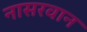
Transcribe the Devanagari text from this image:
नासरवान